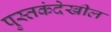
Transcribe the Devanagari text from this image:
पुस्तकंदेखील